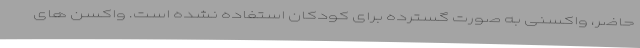
حاضر، واکسنی به صورت گسترده برای کودکان استفاده نشده است. واکسن های